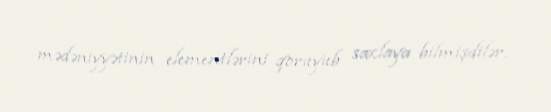
mədəniyyətinin elementlərini qoruyub saxlaya bilmişdilər.